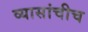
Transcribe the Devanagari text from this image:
व्यासांचीच